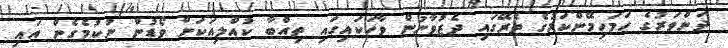
ދަންވަރުގެ ހަމަހިމޭންކަމުގެ ތެރޭގައި ދެޒުވާނުން ވާހަކައިގައި ތިއްބާ ކުއްލިއަކަށް ވޯޑުން ނުކުމެގެން އައި